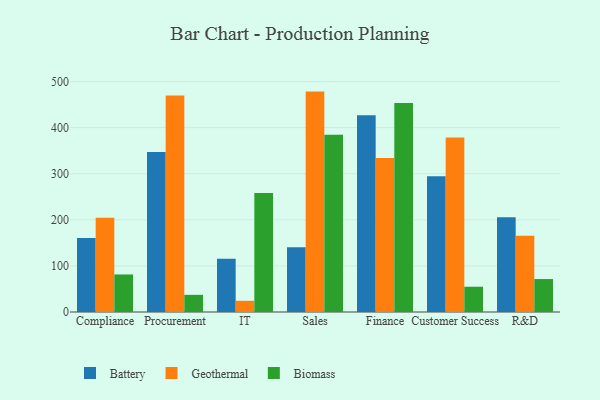
{"axis": {"x": "Department", "y": "Backlog"}, "legend": ["Battery", "Biomass", "Geothermal"], "data": [{"x": "Compliance", "y": 160.6, "type": "Battery"}, {"x": "Compliance", "y": 204.6, "type": "Geothermal"}, {"x": "Compliance", "y": 81.4, "type": "Biomass"}, {"x": "Procurement", "y": 347.0, "type": "Battery"}, {"x": "Procurement", "y": 469.4, "type": "Geothermal"}, {"x": "Procurement", "y": 37.2, "type": "Biomass"}, {"x": "IT", "y": 115.3, "type": "Battery"}, {"x": "IT", "y": 24.3, "type": "Geothermal"}, {"x": "IT", "y": 257.9, "type": "Biomass"}, {"x": "Sales", "y": 140.2, "type": "Battery"}, {"x": "Sales", "y": 478.1, "type": "Geothermal"}, {"x": "Sales", "y": 384.5, "type": "Biomass"}, {"x": "Finance", "y": 426.7, "type": "Battery"}, {"x": "Finance", "y": 334.1, "type": "Geothermal"}, {"x": "Finance", "y": 453.4, "type": "Biomass"}, {"x": "Customer Success", "y": 294.7, "type": "Battery"}, {"x": "Customer Success", "y": 378.3, "type": "Geothermal"}, {"x": "Customer Success", "y": 54.8, "type": "Biomass"}, {"x": "R&D", "y": 205.8, "type": "Battery"}, {"x": "R&D", "y": 165.4, "type": "Geothermal"}, {"x": "R&D", "y": 71.5, "type": "Biomass"}]}